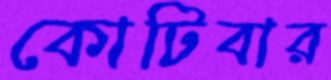
কোটিবার